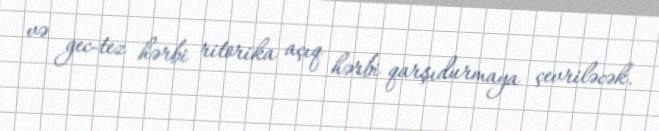
və gec-tez hərbi ritorika açıq hərbi qarşıdurmaya çevriləcək.